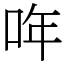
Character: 哖